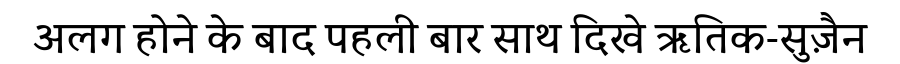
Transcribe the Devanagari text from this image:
अलग होने के बाद पहली बार साथ दिखे ऋतिक-सुज़ैन